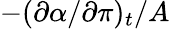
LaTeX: -({\partial}\alpha/{\partial}{\pi})_{t}/A